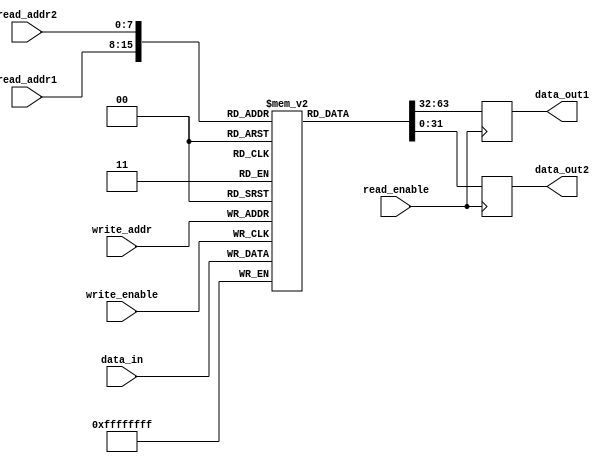
module register_file (
    input wire [7:0] read_addr1, read_addr2,
    output reg [31:0] data_out1, data_out2,
    input wire [7:0] write_addr,
    input wire [31:0] data_in,
    input wire read_enable,
    input wire write_enable
);

reg [31:0] memory [255:0]; // Memory block to store data

always @ (posedge read_enable) begin
    data_out1 = memory[read_addr1];
    data_out2 = memory[read_addr2];
end

always @ (posedge write_enable) begin
    memory[write_addr] <= data_in;
end

endmodule